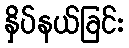
နှိပ်နယ်ခြင်း